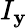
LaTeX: I_{\mathbf{y}}